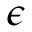
\epsilon